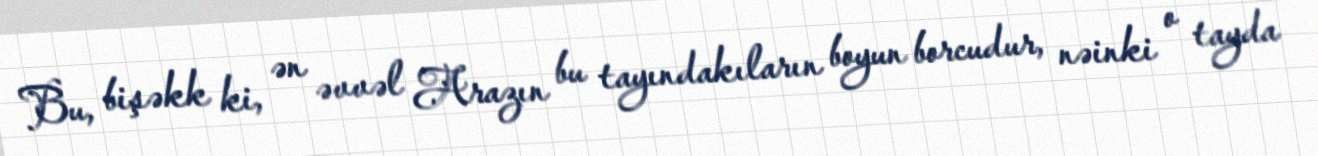
Bu, bişəkk ki, ən əvvəl Arazın bu tayındakıların boyun borcudur, nəinki o tayda